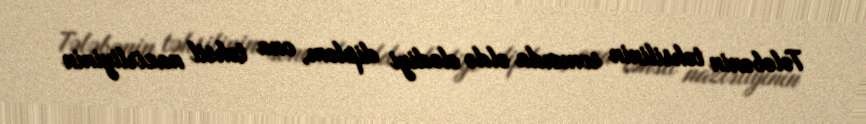
Tələbənin təhsilinin sonunda əldə elədiyi diplom, ona təhsil nazirliyinin